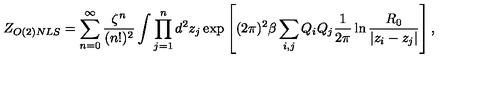
Z _ { O ( 2 ) N L S } = \sum _ { n = 0 } ^ { \infty } { \frac { \zeta ^ { n } } { ( n ! ) ^ { 2 } } } \int \prod _ { j = 1 } ^ { n } d ^ { 2 } z _ { j } \exp \left[ ( 2 \pi ) ^ { 2 } \beta \sum _ { i , j } Q _ { i } Q _ { j } { \frac { 1 } { 2 \pi } } \ln { \frac { R _ { 0 } } { | z _ { i } - z _ { j } | } } \right] ,